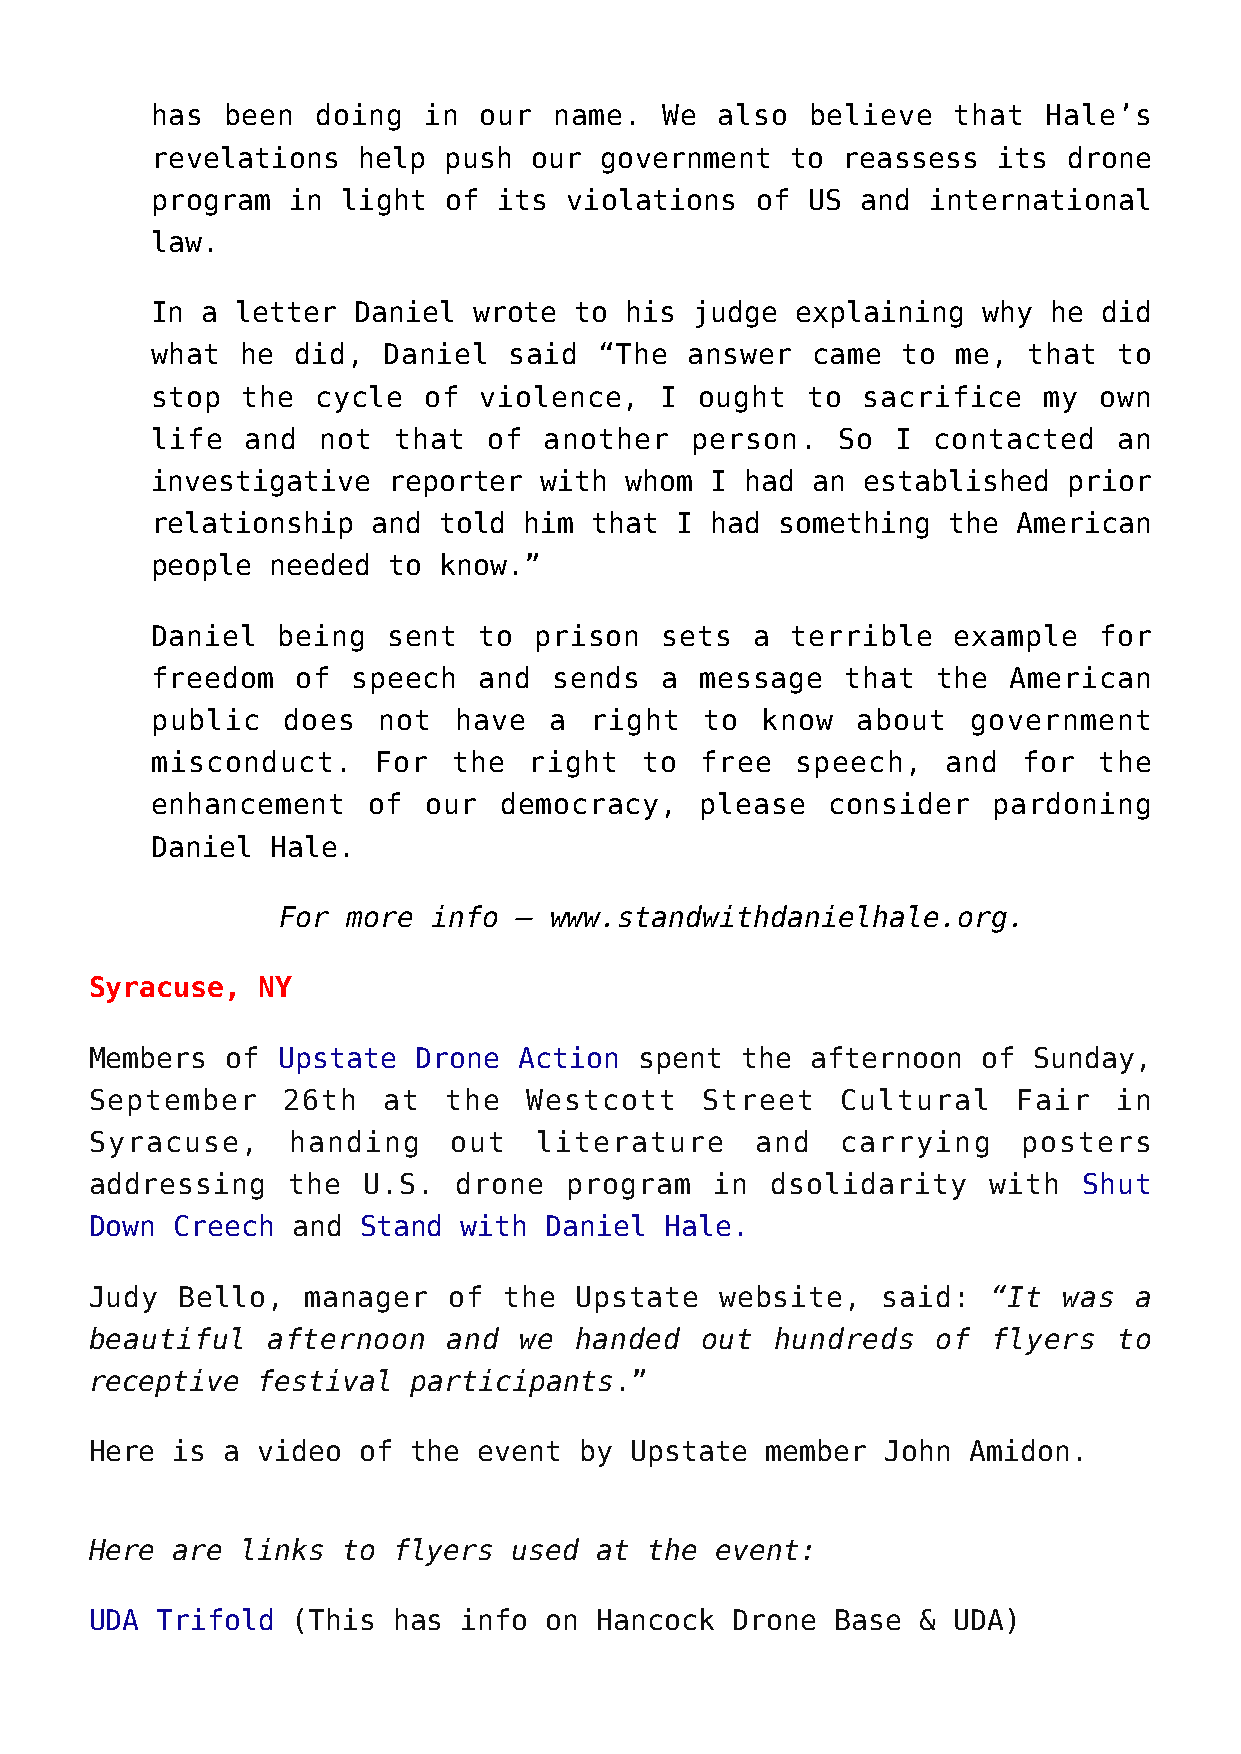
has  been  doing  in  our  name.  We  also  believe  that  Hale’s
 revelations   help push  our  government  to  reassess  its  drone
 program  in  light of  its violations   of US  and international
 law.
 In a  letter Daniel  wrote  to his  judge  explaining  why  he did
 what  he  did, Daniel   said  “The  answer  came  to me,  that  to
 stop  the  cycle  of  violence,   I ought  to  sacrifice   my  own
 life  and  not  that  of  another   person.  So  I  contacted   an
 investigative   reporter  with whom  I had  an established   prior
 relationship   and told  him that  I had  something  the American
 people  needed  to know.”
 Daniel  being   sent  to prison   sets  a terrible   example   for
 freedom   of speech   and  sends  a message   that  the  American
 public   does  not  have  a  right   to know   about  government
 misconduct.    For  the  right  to  free   speech,   and  for  the
 enhancement   of  our  democracy,   please   consider   pardoning
 Daniel  Hale.
 For  more  info – www.standwithdanielhale.org.
 Syracuse,  NY
 Members  of Upstate  Drone  Action  spent  the  afternoon  of Sunday,
 September    26th  at  the   Westcott   Street    Cultural   Fair   in
 Syracuse,    handing    out  literature     and   carrying    posters
 addressing   the  U.S.  drone   program  in  dsolidarity   with   Shut
 Down Creech  and  Stand  with Daniel  Hale.
 Judy  Bello,  manager   of the  Upstate   website,  said:  “It  was  a
 beautiful   afternoon   and we  handed  out  hundreds   of  flyers  to
 receptive  festival  participants.”
 Here is  a video  of the  event by  Upstate  member  John Amidon.
 Here are  links  to flyers  used at  the event:
 UDA Trifold  (This  has  info on Hancock  Drone  Base  & UDA)